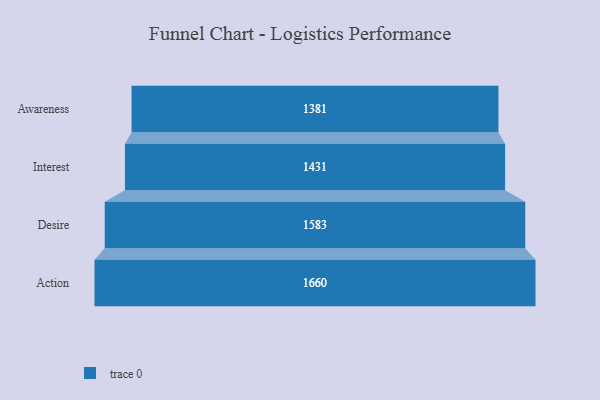
{"axis": {"x": "Stage", "y": "Value"}, "legend": [""], "data": [{"x": "Awareness", "y": 1381.0, "type": ""}, {"x": "Interest", "y": 1431.0, "type": ""}, {"x": "Desire", "y": 1583.0, "type": ""}, {"x": "Action", "y": 1660.0, "type": ""}]}